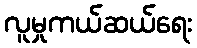
လူမှုကယ်ဆယ်ရေး